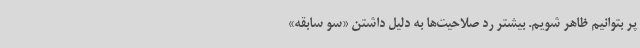
پر بتوانیم ظاهر شویم. بیشتر رد صلاحیت‌ها به دلیل داشتن «سو سابقه»